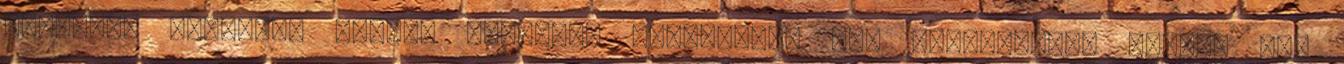
Kristóf, nyugalom Tovább utaznak. Elhaladnak egy biciklibolt előtt. Egy